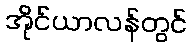
အိုင်ယာလန်တွင်